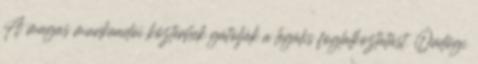
A magas munkaadói közterhek gátolják a legális foglalkoztatást. Ördögi